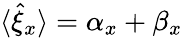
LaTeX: \langle\hat{\xi}_{x}\rangle=\alpha_{x}+\beta_{x}